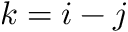
k = i - j